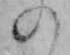
の